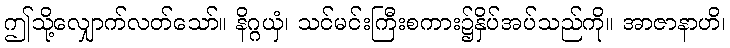
ဤသို့လျှောက်လတ်သော်။ နိဂ္ဂယှံ၊ သင်မင်းကြီးစကား၌နှိပ်အပ်သည်ကို။ အာဇာနာဟိ၊